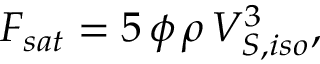
F _ { s a t } = 5 \, \phi \, \rho \, V _ { S , i s o } ^ { 3 } ,